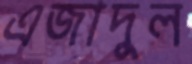
এজাদুল